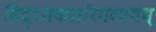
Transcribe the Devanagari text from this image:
विद्ध्यकर्तारमव्ययम्‌